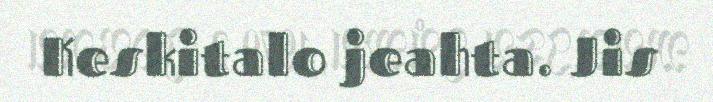
Keskitalo jeahta. Jis